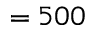
= 5 0 0